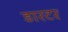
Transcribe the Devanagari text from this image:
डारटर